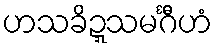
ဟသခိဍ္ဍသမင်္ဂီဟံ